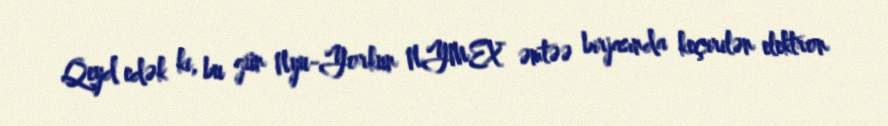
Qeyd edək ki, bu gün Nyu-Yorkun NYMEX əmtəə birjasında keçirilən elektron